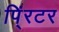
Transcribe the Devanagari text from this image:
पिं्रटर